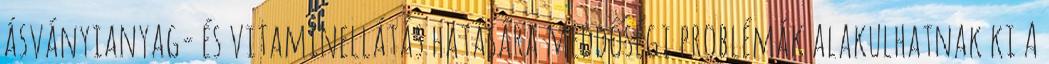
ásványianyag- és vitaminellátás hatására meddőségi problémák alakulhatnak ki A